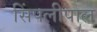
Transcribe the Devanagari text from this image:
सिंपलीपाल